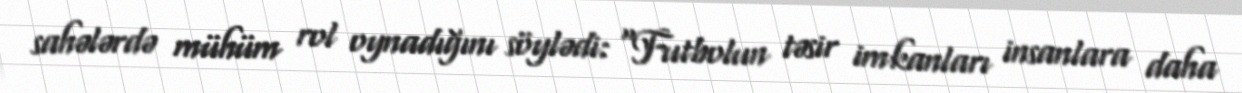
sahələrdə mühüm rol oynadığını söylədi: “Futbolun təsir imkanları insanlara daha